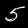
Digit: 5